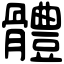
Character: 體